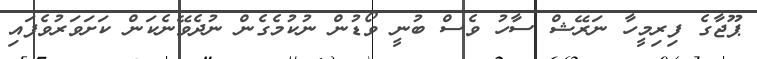
ޕޫޖާގެ ފިރިމީހާ ނަރޭޝް ސާހު ވެސް ބުނީ ވޯޑުން ނުކުމެގެން ނުދެވޭނެކަން ކަށަވަރުވެފައި